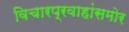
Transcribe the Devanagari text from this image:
विचारप्रवाहांसमोर